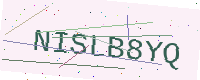
Text: NISLB8YQ